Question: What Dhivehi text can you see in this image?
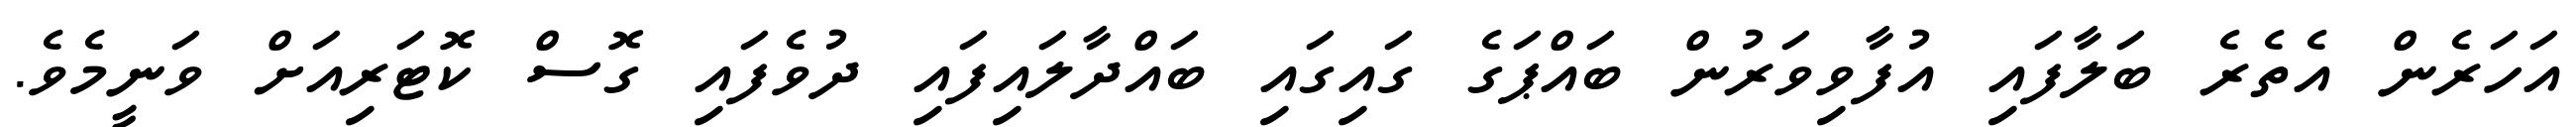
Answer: އަހަރެން އެތެރެ ބަލާފައި އުފާވިވަރުން ބައްޕަގެ ގައިގައި ބައްދާލައިފައި ދުވެފައި ގޮސް ކޮޓަރިއަށް ވަނީމެވެ.